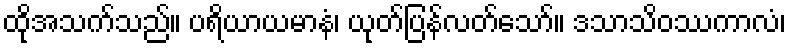
ထိုအသက်သည်။ ပရိယာယမာနံ၊ ယုတ်ပြန်လတ်သော်။ ဒသာသိဝဿကာလံ၊